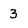
Character: 3